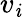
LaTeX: v_{\mathit{i}}